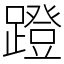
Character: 蹬